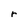
Character: r